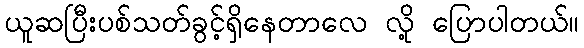
ယူဆပြီးပစ်သတ်ခွင့်ရှိနေတာလေ လို့ ပြောပါတယ်။